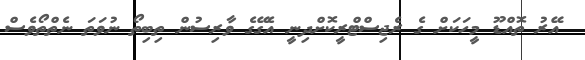
އޭރު ތޮއްޑޫ މީހަކަށް ގެ ރެޖިސްޓްރީކޮށްދިނީ އެގޭގެ ވާރިސުން ތިބިތޯ ނުވަތަ ނެތްތޯވެސް